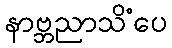
နာဗ္ဘညာသိံပေ